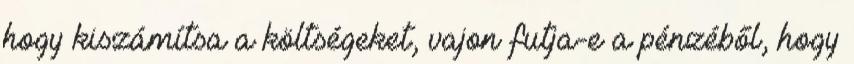
hogy kiszámítsa a költségeket, vajon futja-e a pénzéből, hogy